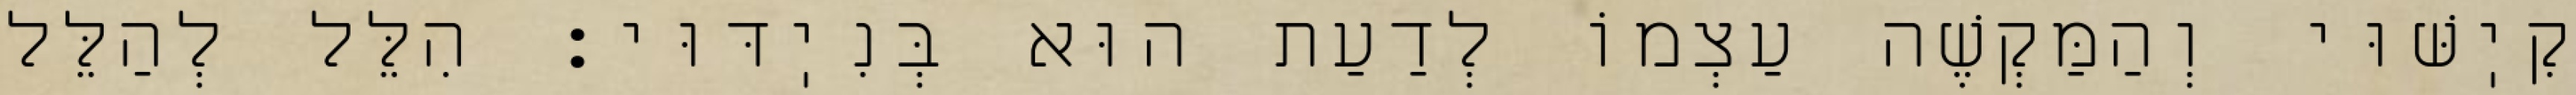
קִיֽשּׁוּי וְהַמַּקְשֶׁה עַצְמוֹ לְדַעַת הוּא בְּנִיֽדּוּי: הִלֵּל לְהַלֵּל